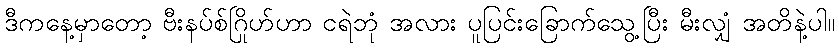
ဒီကနေ့မှာတော့ ဗီးနပ်စ်ဂြိုဟ်ဟာ ငရဲဘုံ အလား ပူပြင်းခြောက်သွေ့ပြီး မီးလျှံ အတိနဲ့ပါ။